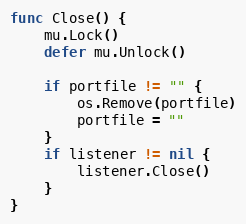
Language: Go
func Close() {
	mu.Lock()
	defer mu.Unlock()

	if portfile != "" {
		os.Remove(portfile)
		portfile = ""
	}
	if listener != nil {
		listener.Close()
	}
}